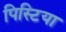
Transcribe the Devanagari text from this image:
पिस्टिया